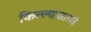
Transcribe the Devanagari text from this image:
किल्ल्यासारखे